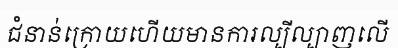
ជំនាន់ក្រោយហើយមានការល្បីល្បាញលើ